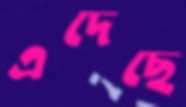
এদেছে